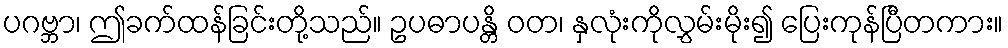
ပဂဗ္ဘာ၊ ဤခက်ထန်ခြင်းတို့သည်။ ဥပဓာပန္တိ ဝတ၊ နှလုံးကိုလွှမ်းမိုး၍ ပြေးကုန်ပြီတကား။